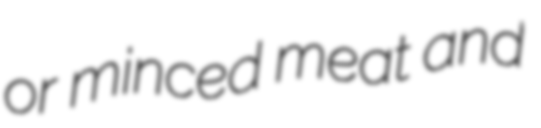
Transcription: or minced meat and